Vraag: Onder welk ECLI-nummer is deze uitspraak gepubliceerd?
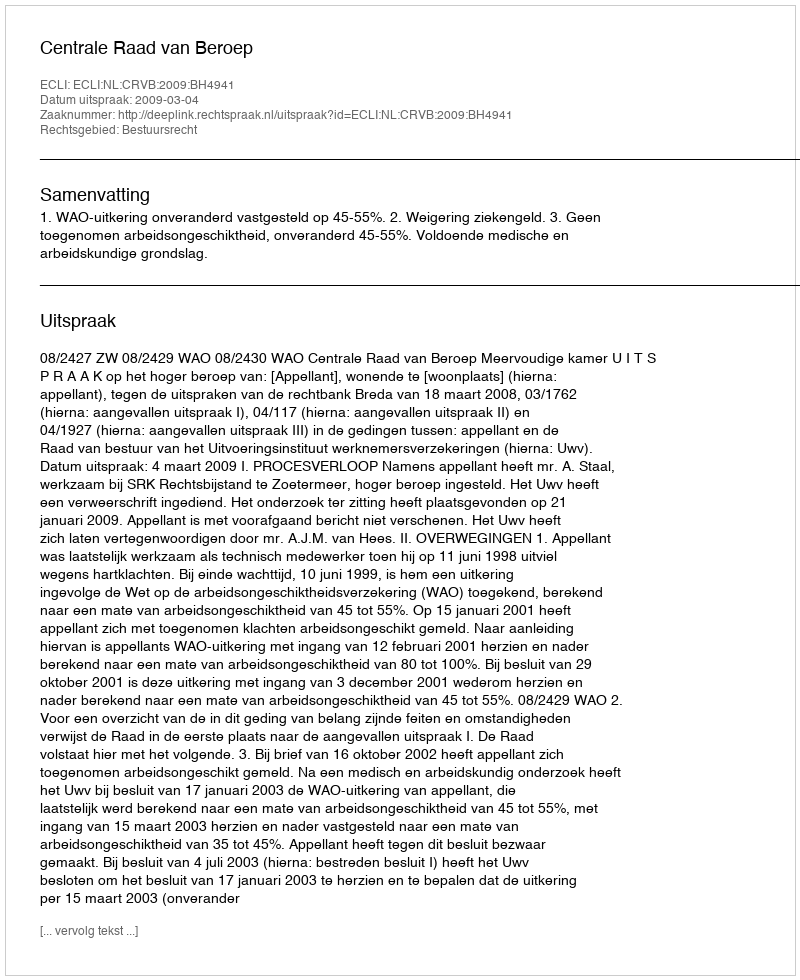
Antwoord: ECLI:NL:CRVB:2009:BH4941